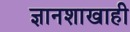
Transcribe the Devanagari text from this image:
ज्ञानशाखाही